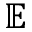
\mathbb { E }